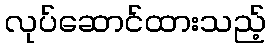
လုပ်ဆောင်ထားသည့်